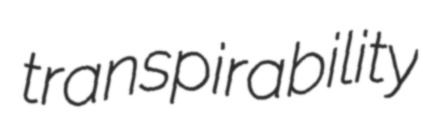
transpirability